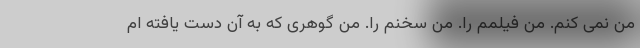
من نمی کنم. من فیلمم را. من سخنم را. من گوهری که به آن دست یافته ام